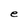
Character: e